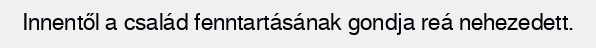
Innentől a család fenntartásának gondja reá nehezedett.